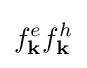
f_{\mathbf {k} }^{e}f_{\mathbf {k} }^{h}